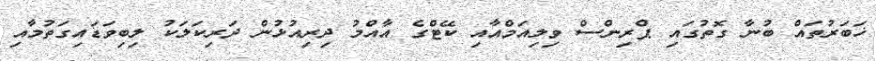
ޚަބަރުތައް ބުނާ ގޮތުގައި ޕްރިންސް ވިލިއަމްއާއި ކޭޓްގެ އާއްމު ދިރިއުޅުން ދަރިކަލަކު ލިބިވަޑައިގަތުމާއި